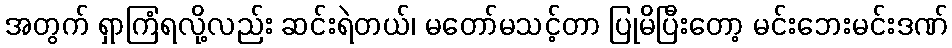
အတွက် ရှာကြံရလို့လည်း ဆင်းရဲတယ်၊ မတော်မသင့်တာ ပြုမိပြီးတော့ မင်းဘေးမင်းဒဏ်